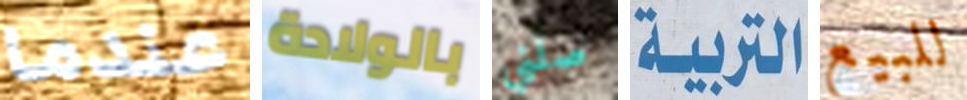
عندما بالولادة صلني التربية للبيع